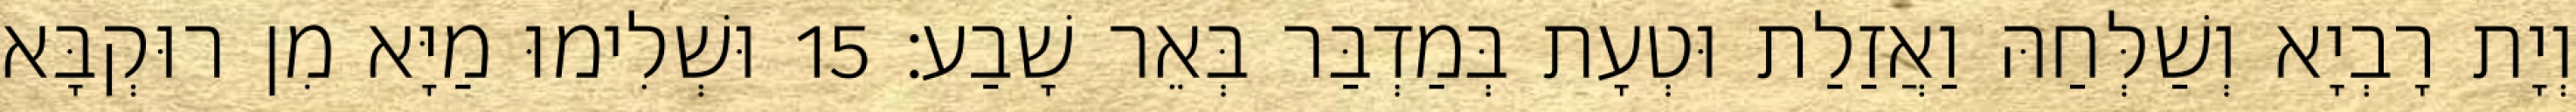
וְיָת רָבְיָא וְשַׁלְּחַהּ וַאֲזַלַת וּטְעָת בְּמַדְבַּר בְּאֵר שָׁבַע׃ 15 וּשְׁלִימוּ מַיָּא מִן רוּקְבָּא